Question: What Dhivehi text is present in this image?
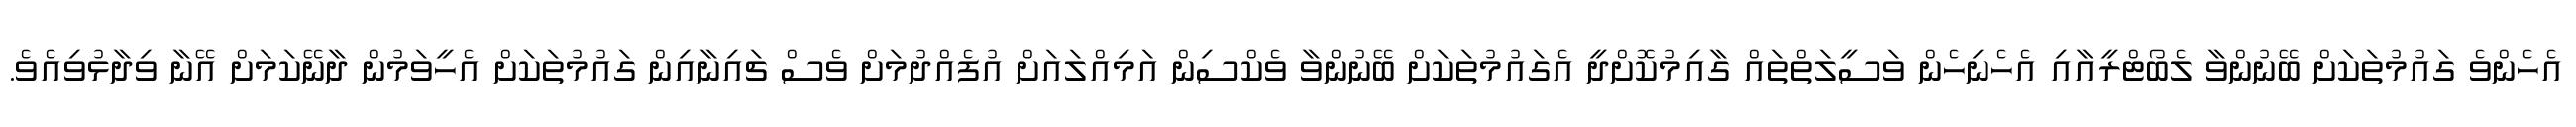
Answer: އެހެންވެ ގައުމުތަކަށް ބޭނުންވާ ލެބޯޓްރީއާއި އެހެނިހެން ވަސީލަތްތައް ގާއިމުކޮށްދީ އެގައުމުތަކަށް ބޭނުންވާ ވެކްސިން އަމިއްލައަށް އުފެއްދުމަށް ވެސް ޗައިނާއިން ގައުމުތަކަށް އެހީވަމުން ދާނޭކަމަށް އޭނާ ވިދާޅުވިއެވެ.